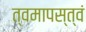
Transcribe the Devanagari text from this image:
त्वमापस्त्वं